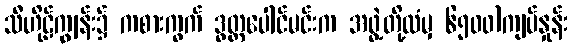
သီဟိုဠ်ကျွန်း၌ ကစားကွက် ဒွတ္တပေါင်မင်းက အဖွဲ့တို့ထံမှ ၆၅၀၀)ကျပ်နှုန်း